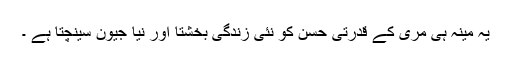
یہ مینہ ہی مری کے قدرتی حسن کو نئی زندگی بخشتا اور نیا جیون سینچتا ہے ۔